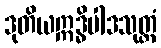
ဒုတိယဣဒ္ဓိပါဒသုတ္တံ